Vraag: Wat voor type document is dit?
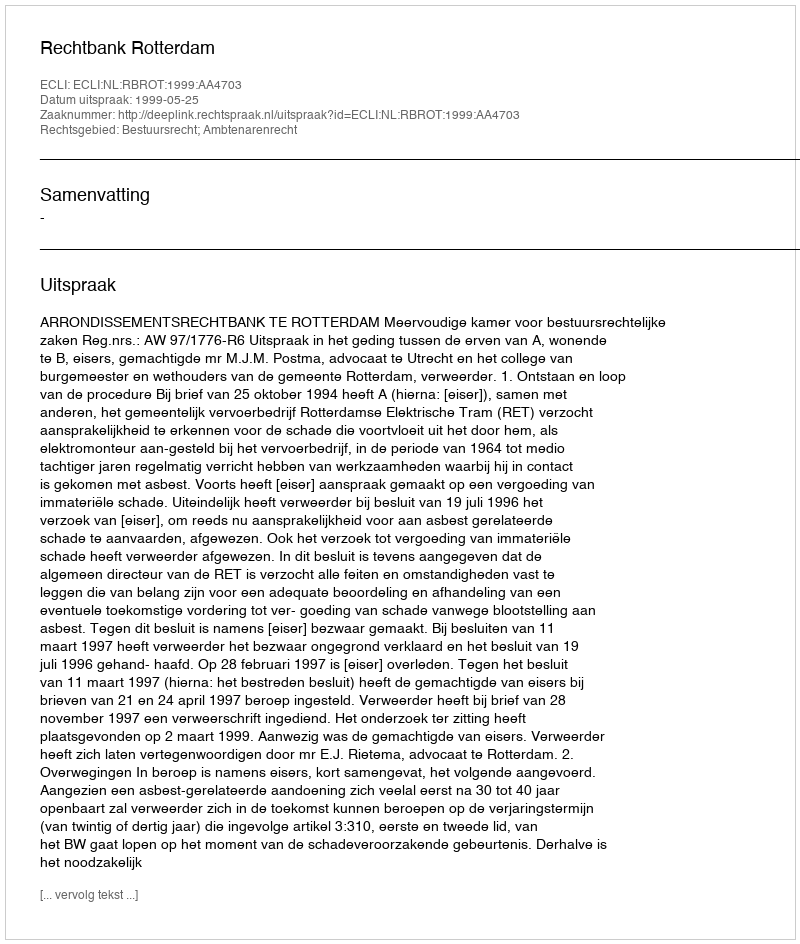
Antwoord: Uitspraak